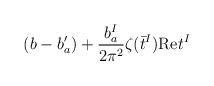
\begin{align*}(b - b'_a) +{b_a^I\over2\pi^2}\zeta(\bar{t}^I){\rm Re}t^I\end{align*}